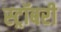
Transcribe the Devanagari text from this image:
स्ट्रॉबरी